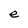
Character: e